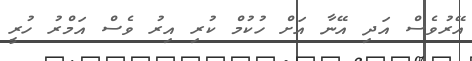
އޭރުވެސް އަދި އޭނާ އަށް ހުކުމް ކުރި އިރު ވެސް އަމްރު ހުރީ